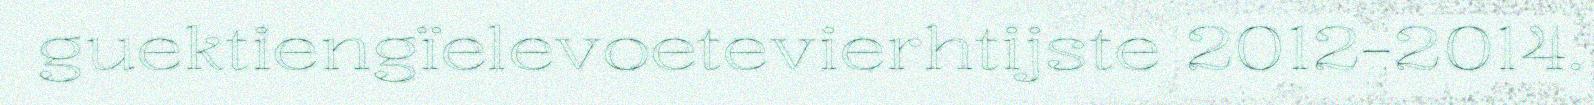
guektiengïelevoetevierhtijste 2012-2014.